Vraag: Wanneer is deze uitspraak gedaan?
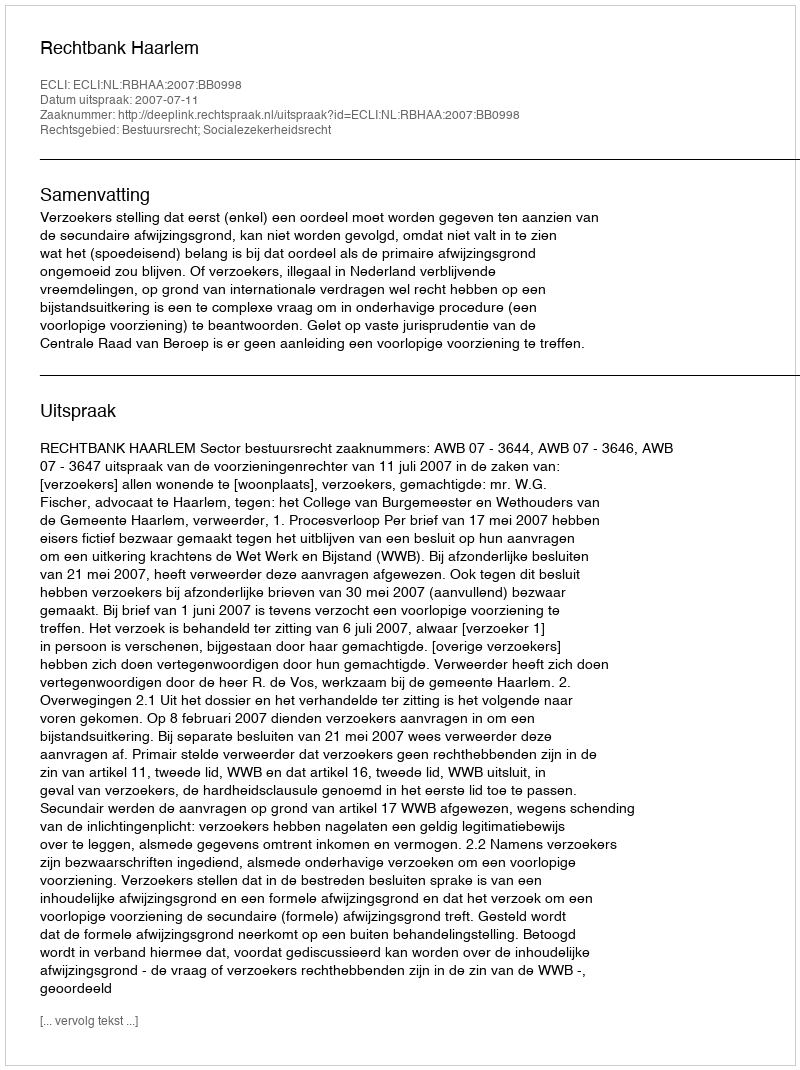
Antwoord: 2007-07-11